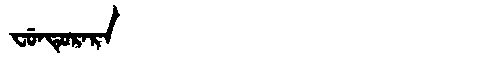
Manchu: ᠸᡠᠨᡨᡠᡵᠠᡵᠠ
Romanization: FUNTURARA